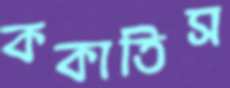
ককাতিস